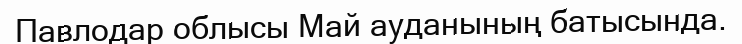
Павлодар облысы Май ауданының батысында.